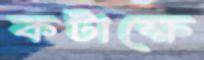
কটাক্ষে